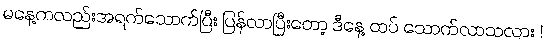
မနေ့ကလည်းအရက်သောက်ပြီး ပြန်လာပြီးတော့ ဒီနေ့ ထပ် သောက်လာသလား !